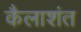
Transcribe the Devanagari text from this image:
कैलाशंत